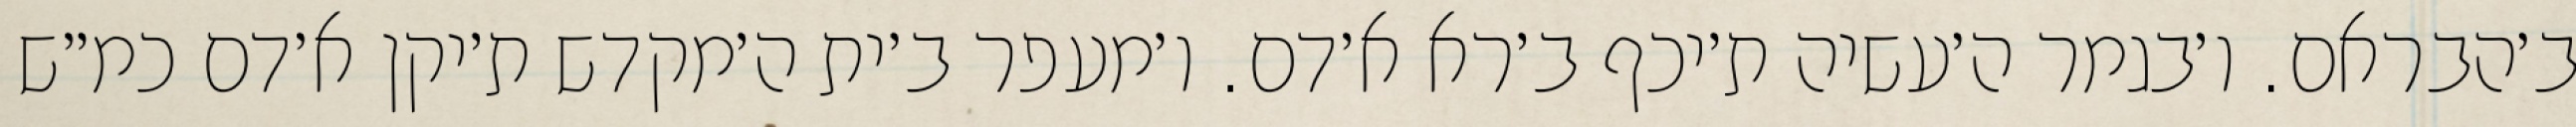
ב׳הבראם. ו׳בגמר ה׳עשיה ת׳יכף ב׳רא א׳דם. ו׳מעפר ב׳ית ה׳מקדש ת׳יקן א׳דם כמ״ש